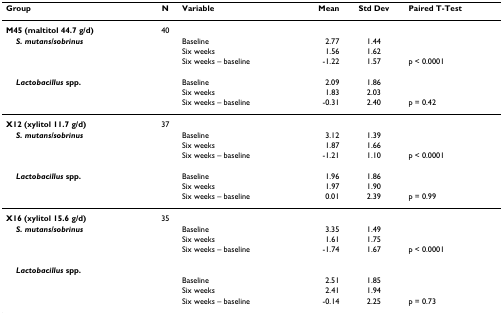
<table><thead><tr><td><b>Group</b></td><td><b>N</b></td><td><b>Variable</b></td><td><b>Mean</b></td><td><b>Std Dev</b></td><td><b>Paired T-Test</b></td></tr></thead><tbody><tr><td><b>M45 (maltitol 44.7 g/d)</b></td><td>40</td><td></td><td></td><td></td><td></td></tr><tr><td> <b><i>S. mutans/sobrinus</i></b></td><td></td><td>Baseline</td><td>2.77</td><td>1.44</td><td></td></tr><tr><td></td><td></td><td>Six weeks</td><td>1.56</td><td>1.62</td><td></td></tr><tr><td></td><td></td><td>Six weeks – baseline</td><td>-1.22</td><td>1.57</td><td>p &lt; 0.0001</td></tr><tr><td> <b><i>Lactobacillus </i>spp.</b></td><td></td><td>Baseline</td><td>2.09</td><td>1.86</td><td></td></tr><tr><td></td><td></td><td>Six weeks</td><td>1.83</td><td>2.03</td><td></td></tr><tr><td></td><td></td><td>Six weeks – baseline</td><td>-0.31</td><td>2.40</td><td>p = 0.42</td></tr><tr><td><b>X12 (xylitol 11.7 g/d)</b></td><td>37</td><td></td><td></td><td></td><td></td></tr><tr><td> <b><i>S. mutans/sobrinus</i></b></td><td></td><td>Baseline</td><td>3.12</td><td>1.39</td><td></td></tr><tr><td></td><td></td><td>Six weeks</td><td>1.87</td><td>1.66</td><td></td></tr><tr><td></td><td></td><td>Six weeks – baseline</td><td>-1.21</td><td>1.10</td><td>p &lt; 0.0001</td></tr><tr><td> <b><i>Lactobacillus </i>spp.</b></td><td></td><td>Baseline</td><td>1.96</td><td>1.86</td><td></td></tr><tr><td></td><td></td><td>Six weeks</td><td>1.97</td><td>1.90</td><td></td></tr><tr><td></td><td></td><td>Six weeks – baseline</td><td>0.01</td><td>2.39</td><td>p = 0.99</td></tr><tr><td><b>X16 (xylitol 15.6 g/d)</b></td><td>35</td><td></td><td></td><td></td><td></td></tr><tr><td> <b><i>S. mutans/sobrinus</i></b></td><td></td><td>Baseline</td><td>3.35</td><td>1.49</td><td></td></tr><tr><td></td><td></td><td>Six weeks</td><td>1.61</td><td>1.75</td><td></td></tr><tr><td></td><td></td><td>Six weeks – baseline</td><td>-1.74</td><td>1.67</td><td>p &lt; 0.0001</td></tr><tr><td> <b><i>Lactobacillus </i>spp.</b></td><td></td><td></td><td></td><td></td><td></td></tr><tr><td></td><td></td><td>Baseline</td><td>2.51</td><td>1.85</td><td></td></tr><tr><td></td><td></td><td>Six weeks</td><td>2.41</td><td>1.94</td><td></td></tr><tr><td></td><td></td><td>Six weeks – baseline</td><td>-0.14</td><td>2.25</td><td>p = 0.73</td></tr></tbody></table>